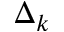
\Delta _ { k }